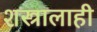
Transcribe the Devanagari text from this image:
शस्त्रालाही